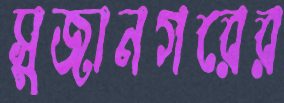
সুজানগরের